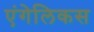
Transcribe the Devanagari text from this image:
एंगेलिकस